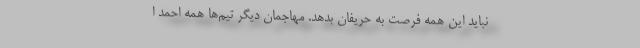
نباید این همه فرصت به حریفان بدهد. مهاجمان دیگر تیم‌ها همه احمد ا